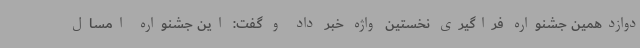
دوازدهمین جشنواره فراگیری نخستین واژه خبر داد و گفت: این جشنواره امسال